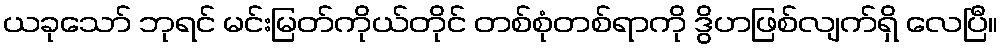
ယခုသော် ဘုရင် မင်းမြတ်ကိုယ်တိုင် တစ်စုံတစ်ရာကို ဒွိဟဖြစ်လျက်ရှိ လေပြီ။